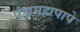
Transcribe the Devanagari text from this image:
पंचमहापापे